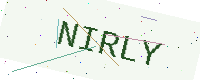
Text: NIRLY